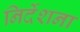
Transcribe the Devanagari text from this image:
निर्देशना